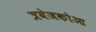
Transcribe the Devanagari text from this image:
त्रबेजकोआ